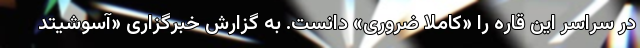
در سراسر این قاره را «کاملاً ضروری» دانست. به گزارش خبرگزاری «آسوشیتد